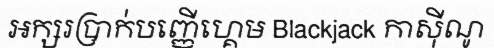
អក្សរប្រាក់បញ្ញើហ្គេម Blackjack កាស៊ីណូ